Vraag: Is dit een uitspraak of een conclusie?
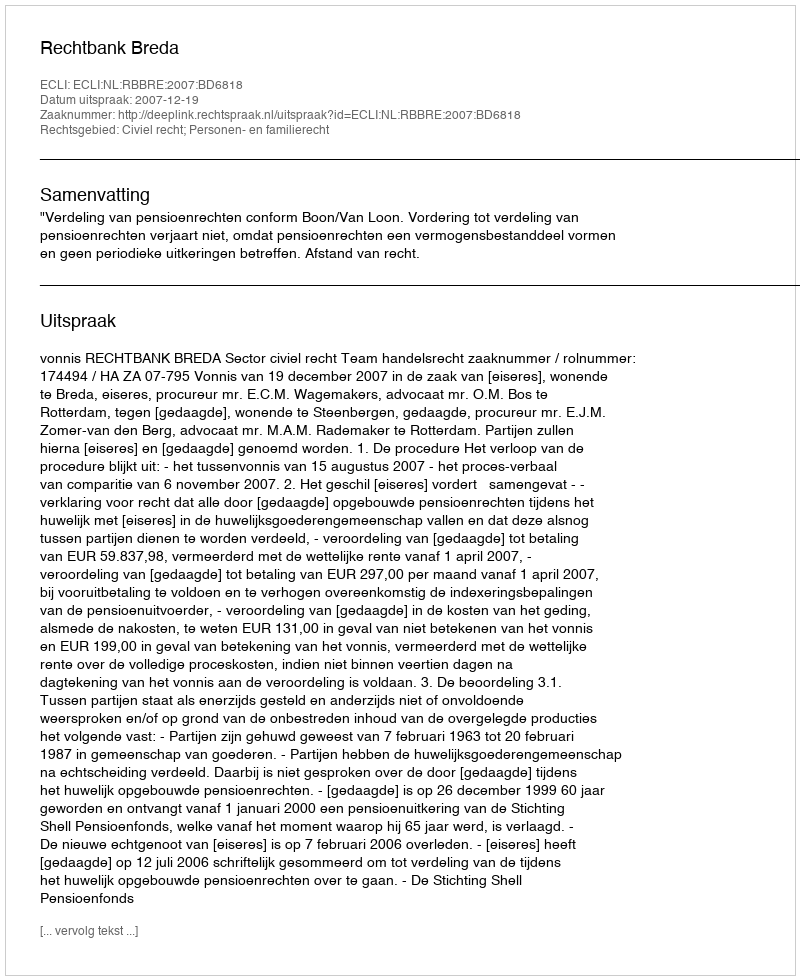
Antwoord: Uitspraak